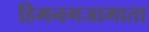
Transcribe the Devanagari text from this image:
हिमनगजामाता